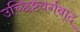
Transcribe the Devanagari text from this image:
उच्छिष्टवर्गवाद